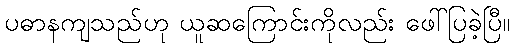
ပဓာနကျသည်ဟု ယူဆကြောင်းကိုလည်း ဖေါ်ပြခဲ့ပြီ။